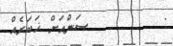
:        ސަންއަށް ޚަބަރެއް